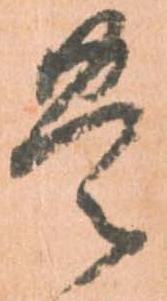
豊